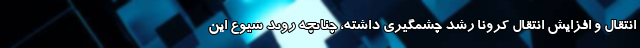
انتقال و افزایش انتقال کرونا رشد چشمگیری داشته، چنانچه روند شیوع این